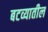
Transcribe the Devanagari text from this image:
बटव्यातील